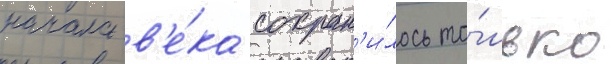
начала в'е́ка сохран'и́лось то́лько